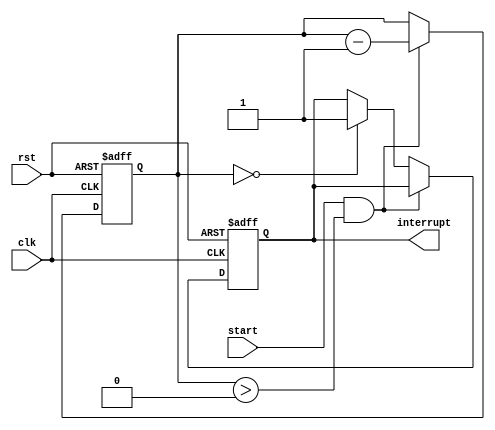
module countdown_timer (
  input wire clk,
  input wire rst,
  input wire start,
  output reg interrupt
);

reg [15:0] count_value;

always @(posedge clk or posedge rst) begin
  if (rst) begin
    count_value <= 16'd0; // Initialize countdown value
    interrupt <= 1'b0;
  end else if (start && count_value > 16'd0) begin
    count_value <= count_value - 1; // Decrement count value
  end else if (count_value == 16'd0) begin
    interrupt <= 1'b1; // Generate interrupt signal when count reaches zero
  end
end

endmodule